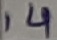
Text: 14